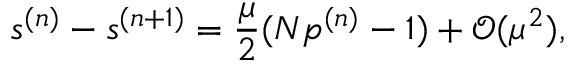
s ^ { ( n ) } - s ^ { ( n + 1 ) } = \frac { \mu } { 2 } ( N p ^ { ( n ) } - 1 ) + \mathcal { O } ( \mu ^ { 2 } ) ,